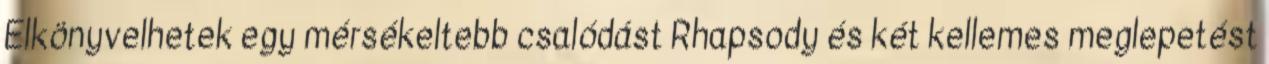
Elkönyvelhetek egy mérsékeltebb csalódást Rhapsody és két kellemes meglepetést